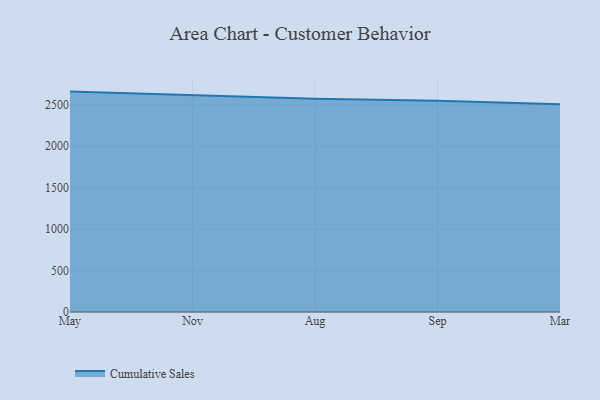
{"axis": {"x": "Month", "y": "Latency (ms)"}, "legend": ["Cumulative Sales"], "data": [{"x": "May", "y": 2659.5, "type": "Cumulative Sales"}, {"x": "Nov", "y": 2613.1, "type": "Cumulative Sales"}, {"x": "Aug", "y": 2572.0, "type": "Cumulative Sales"}, {"x": "Sep", "y": 2549.0, "type": "Cumulative Sales"}, {"x": "Mar", "y": 2507.5, "type": "Cumulative Sales"}]}